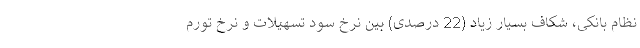
نظام بانکی، شکاف بسیار زیاد (22 درصدی) بین نرخ سود تسهیلات و نرخ تورم